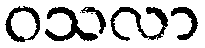
ဝသလာ